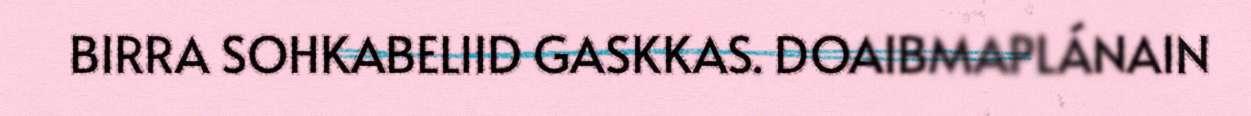
BIRRA SOHKABELIID GASKKAS. DOAIBMAPLÁNAIN